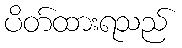
ပိတ်ထားရသည်